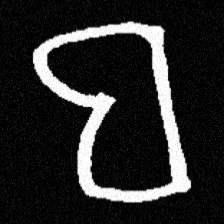
Pyu character \u2014 Myanmar letter: ဗ (romanized: ba)